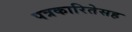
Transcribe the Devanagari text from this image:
पत्रकारितेसह